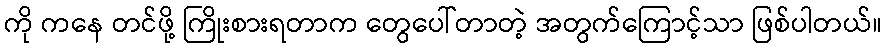
ကို ကနေ တင်ဖို့ ကြိုးစားရတာက တွေပေါ်တာတဲ့ အတွက်ကြောင့်သာ ဖြစ်ပါတယ်။